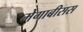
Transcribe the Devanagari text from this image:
मेगाबीसस